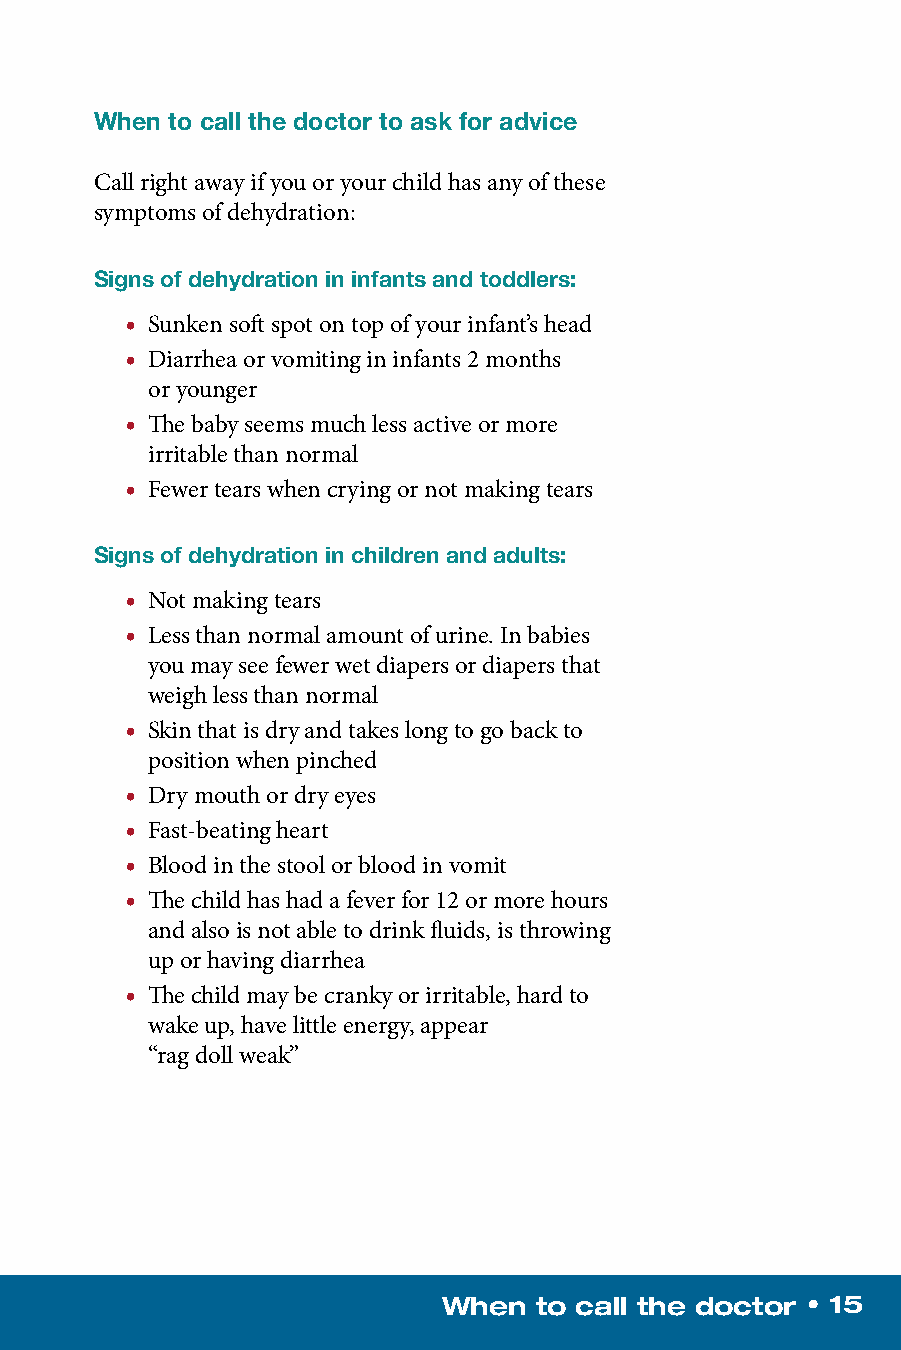
When to call the doctor to ask for advice
 Call right away if you or your child has any of these
 symptoms of dehydration:
 Signs of dehydration in infants and toddlers:
 • Sunken soft spot on top of your infant’s head
 • Diarrhea or vomiting in infants 2 months
 or younger
 • The baby seems much less active or more
 irritable than normal
 • Fewer tears when crying or not making tears
 Signs of dehydration in children and adults:
 • Not making tears
 • Less than normal amount of urine. In babies
 you may see fewer wet diapers or diapers that
 weigh less than normal
 • Skin that is dry and takes long to go back to
 position when pinched
 • Dry mouth or dry eyes
 • Fast-beating heart
 • Blood in the stool or blood in vomit
 • The child has had a fever for 12 or more hours
 and also is not able to drink fluids, is throwing
 up or having diarrhea
 • The child may be cranky or irritable, hard to
 wake up, have little energy, appear
 “rag doll weak”
 When  to call the doctor • 15